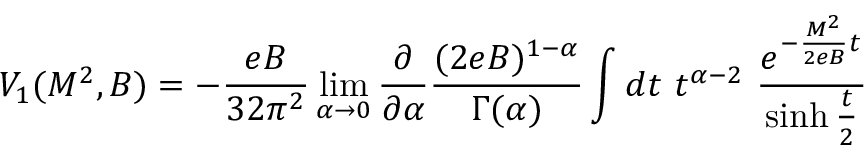
V _ { 1 } ( M ^ { 2 } , B ) = - \frac { e B } { 3 2 \pi ^ { 2 } } \operatorname * { l i m } _ { \alpha \rightarrow 0 } \frac { \partial } { \partial \alpha } \frac { ( 2 e B ) ^ { 1 - \alpha } } { \Gamma ( \alpha ) } \int d t \, \, t ^ { \alpha - 2 } \, \, \frac { { e } ^ { - \frac { M ^ { 2 } } { 2 e B } t } } { \sinh \frac { t } { 2 } }